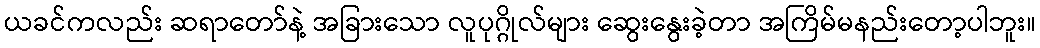
ယခင်ကလည်း ဆရာတော်နဲ့ အခြားသော လူပုဂ္ဂိုလ်များ ဆွေးနွေးခဲ့တာ အကြိမ်မနည်းတော့ပါဘူး။